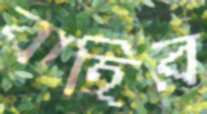
বাহির